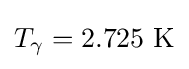
T_{\gamma }=2.725~{\text{K}}